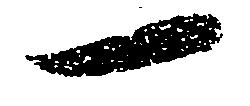
一